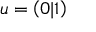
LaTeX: u = \left( 0 | 1 \right)